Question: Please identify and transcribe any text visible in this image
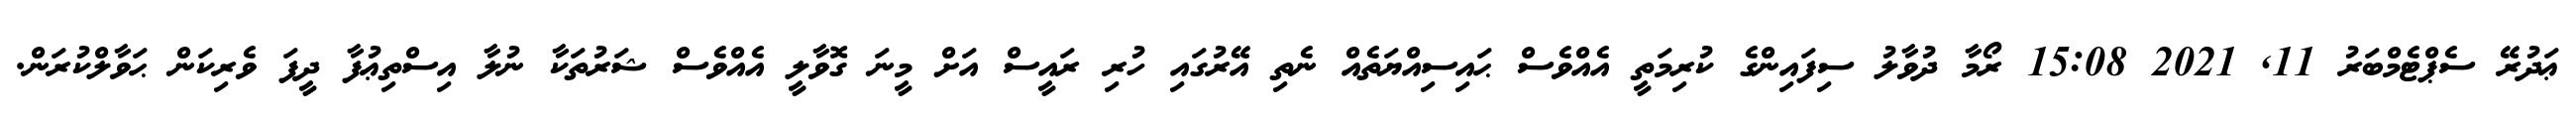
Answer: ޢަދުރޭ ސެޕްޓެމްބަރު 11, 2021 15:08 ރޯމާ ދުވާލު ސިފައިންގެ ކުރިމަތީ އެއްވެސް ޙައިސިއްޔަތެއް ނެތި އޭރުގައި ހުރި ރައީސް އަށް މީނަ ގޮވާލީ އެއްވެސް ޝަރުތަކާ ނުލާ އިސްތިޢުފާ ދީފަ ވެރިކަން ޙަވާލްކުރަން.